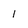
Character: 1